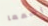
إسمعا